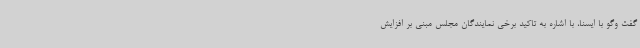
گفت وگو با ایسنا، با اشاره به تاکید برخی نمایندگان مجلس مبنی بر افزایش